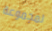
لمجموعة